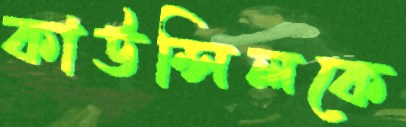
কাউন্সিলকে